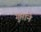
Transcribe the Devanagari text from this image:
गुप्ताने